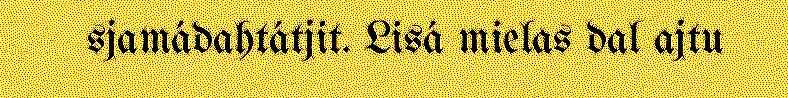
sjamádahtátjit. Lisá mielas dal ajtu